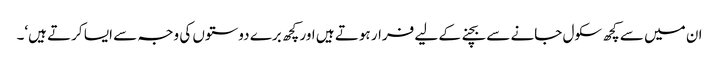
ان میں سے کچھ سکول جانے سے بچنے کے لیے فرار ہوتے ہیں اور کچھ برے دوستوں کی وجہ سے ایسا کرتے ہیں‘۔